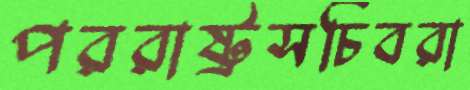
পররাষ্ট্রসচিবরা